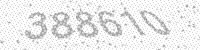
Solution: 388610